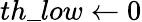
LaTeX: th\_ low\leftarrow 0